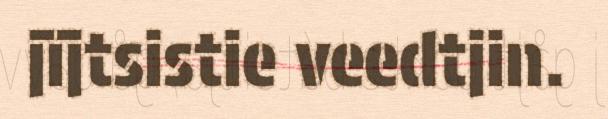
jïjtsistie veedtjin.